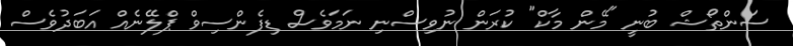
ސަންތޯޝް ބުނީ "މޭން މާކް" ކުރަން ނުވިސްނި ނަމަވެސް ޑިފެންސިވް ޕްލޭނެއް އަބަދުވެސް